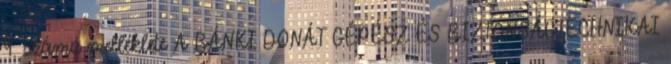
9. számú melléklete A BÁNKI DONÁT GÉPÉSZ ÉS BIZTONSÁGTECHNIKAI